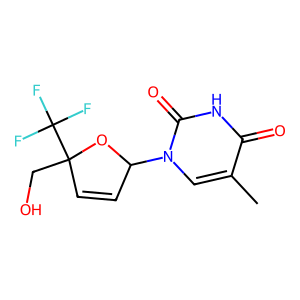
SMILES: Cc1cn(C2C=CC(CO)(C(F)(F)F)O2)c(=O)[nH]c1=O
Inhibits HIV replication: No